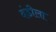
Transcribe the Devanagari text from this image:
दंडीला